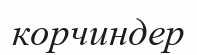
корчиндер